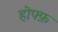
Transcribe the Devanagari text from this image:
होफ्फ़